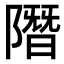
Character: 𨼐